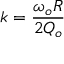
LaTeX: k = { \frac { \omega _ { o } R } { 2 Q _ { o } } }